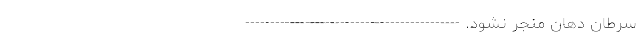
سرطان دهان منجر نشود. -------------------------------------------